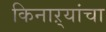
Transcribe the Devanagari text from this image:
किनाऱ्‍यांचा